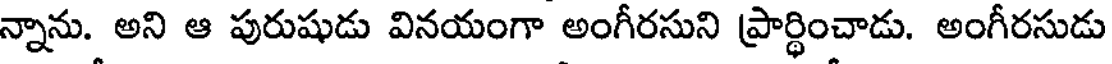
న్నాను. అని ఆ పురుషుడు వినయంగా అంగీరసుని ప్రార్థించాడు. అంగీరసుడు